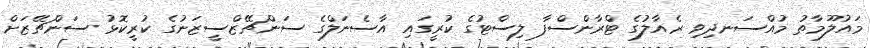
މައުލޫމާތު މުއްސަނދިވި ރެއާލުގެ ޓްރާންސްފާ ލިސްޓުގެ ކުރީގައި އާސެނަލްގެ ސަންޗޭޒްސީޒަނުގެ ކުރީކޮޅު ސަންޗޭޒަށް